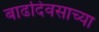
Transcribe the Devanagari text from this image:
बाढदिवसाच्या